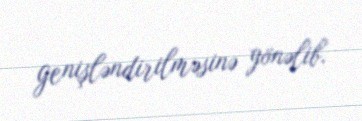
genişləndirilməsinə yönəlib.